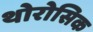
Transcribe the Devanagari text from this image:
थोरोसिक